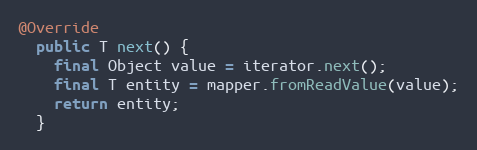
Language: Java
@Override
  public T next() {
    final Object value = iterator.next();
    final T entity = mapper.fromReadValue(value);
    return entity;
  }